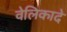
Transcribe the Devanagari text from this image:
वेलिकादे